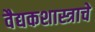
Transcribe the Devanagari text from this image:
वैद्यकशास्त्राचे